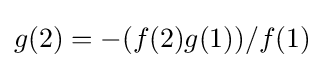
g(2)=-(f(2)g(1))/f(1)